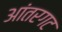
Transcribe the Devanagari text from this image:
आंतरगट